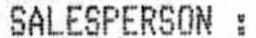
SALESPERSON :